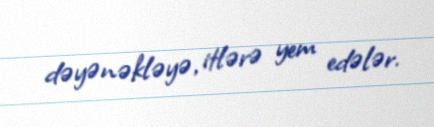
dəyənəkləyə, itlərə yem edələr.